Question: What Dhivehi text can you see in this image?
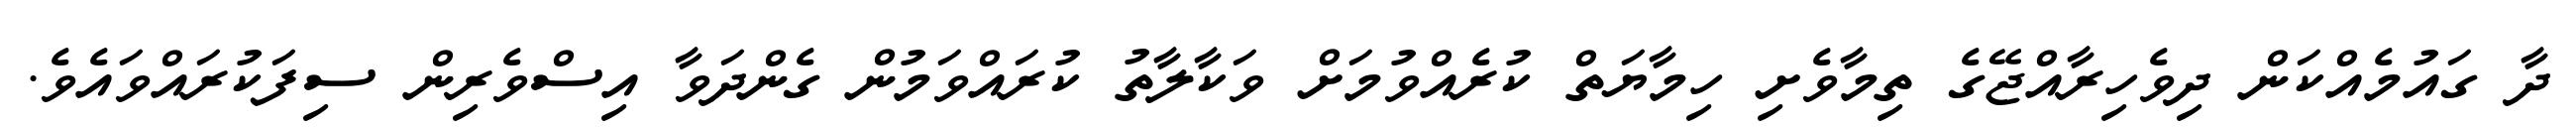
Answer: ދާ ގައުމެއްކަން ދިވެހިރާއްޖޭގެ ތިމާވެށި ހިމާޔަތް ކުރެއްވުމަށް ވަކާލާތު ކުރައްވަމުން ގެންދަވާ އިސްވެރިން ސިފަކުރައްވައެވެ.